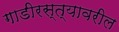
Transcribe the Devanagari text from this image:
गाडीरस्त्यावरील